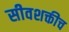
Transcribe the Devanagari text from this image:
सीवशक्तीच